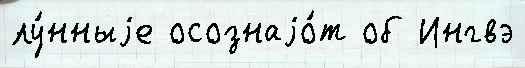
лу́нныjе осознаjо́т об Ингвэ